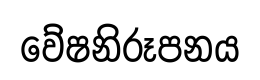
වේෂනිරූපනය